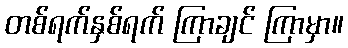
တစ်ရက်နှစ်ရက် ကြာချင် ကြာမှာ။